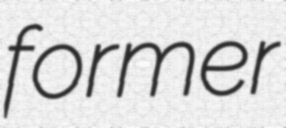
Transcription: former